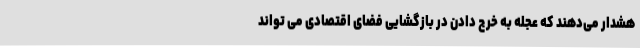
هشدار می‌دهند که عجله به خرج دادن در بازگشایی فضای اقتصادی می تواند